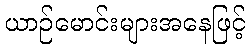
ယာဉ်မောင်းများအနေဖြင့်